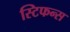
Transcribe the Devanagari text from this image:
स्टिफन्स